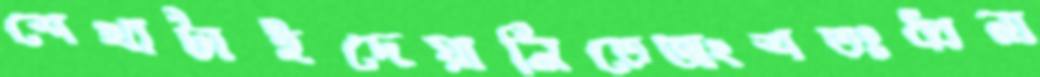
শেখাটাইদেয়ালিতেঅংশতঃধ্বনা